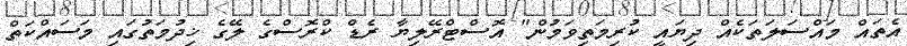
އެތައް މައްސަލަތަކެއް ދިޔައީ ކުރިމަތިވަމުން" އޮސްޓްރޭލިޔާ ރެޑް ކްރޮސްގެ ލޭގެ ޚިދުމަތުގައި މަސައްކަތް